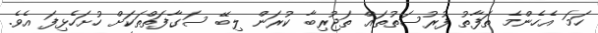
ހަމަ އެހެންމެ ތަފާތު ފުރުސަތުތައް ތަޖުރިބާ ކުރަން ލިބޭ ސަގާފަތްތަކަށް ހުށަހެޅިފަ އެވެ.